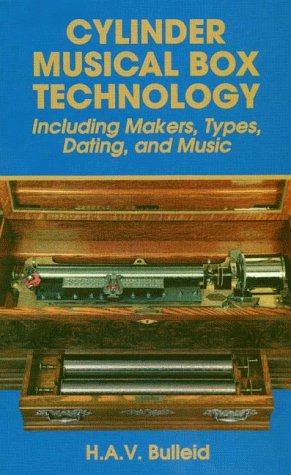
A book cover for Cylinder Musical Box Technology: Including Makers, Types, Dating and Music; H. A.V. Bulleid; Crafts, Hobbies & Home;